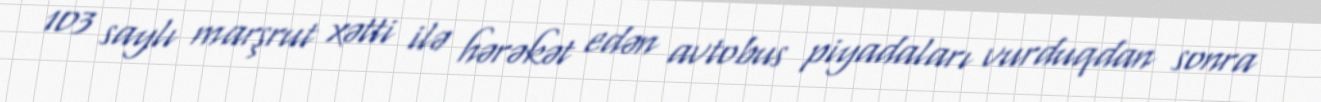
103 saylı marşrut xətti ilə hərəkət edən avtobus piyadaları vurduqdan sonra